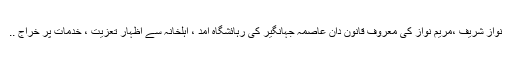
نواز شریف ،مریم نواز کی معروف قانون دان عاصمہ جہانگیر کی رہائشگاہ آمد ، اہلخانہ سے اظہار تعزیت ، خدمات پر خراج ..